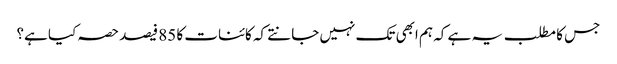
جس کا مطلب یہ ہے کہ ہم ابھی تک نہیں جانتے کہ کائنات کا 85 فیصد حصہ کیا ہے؟